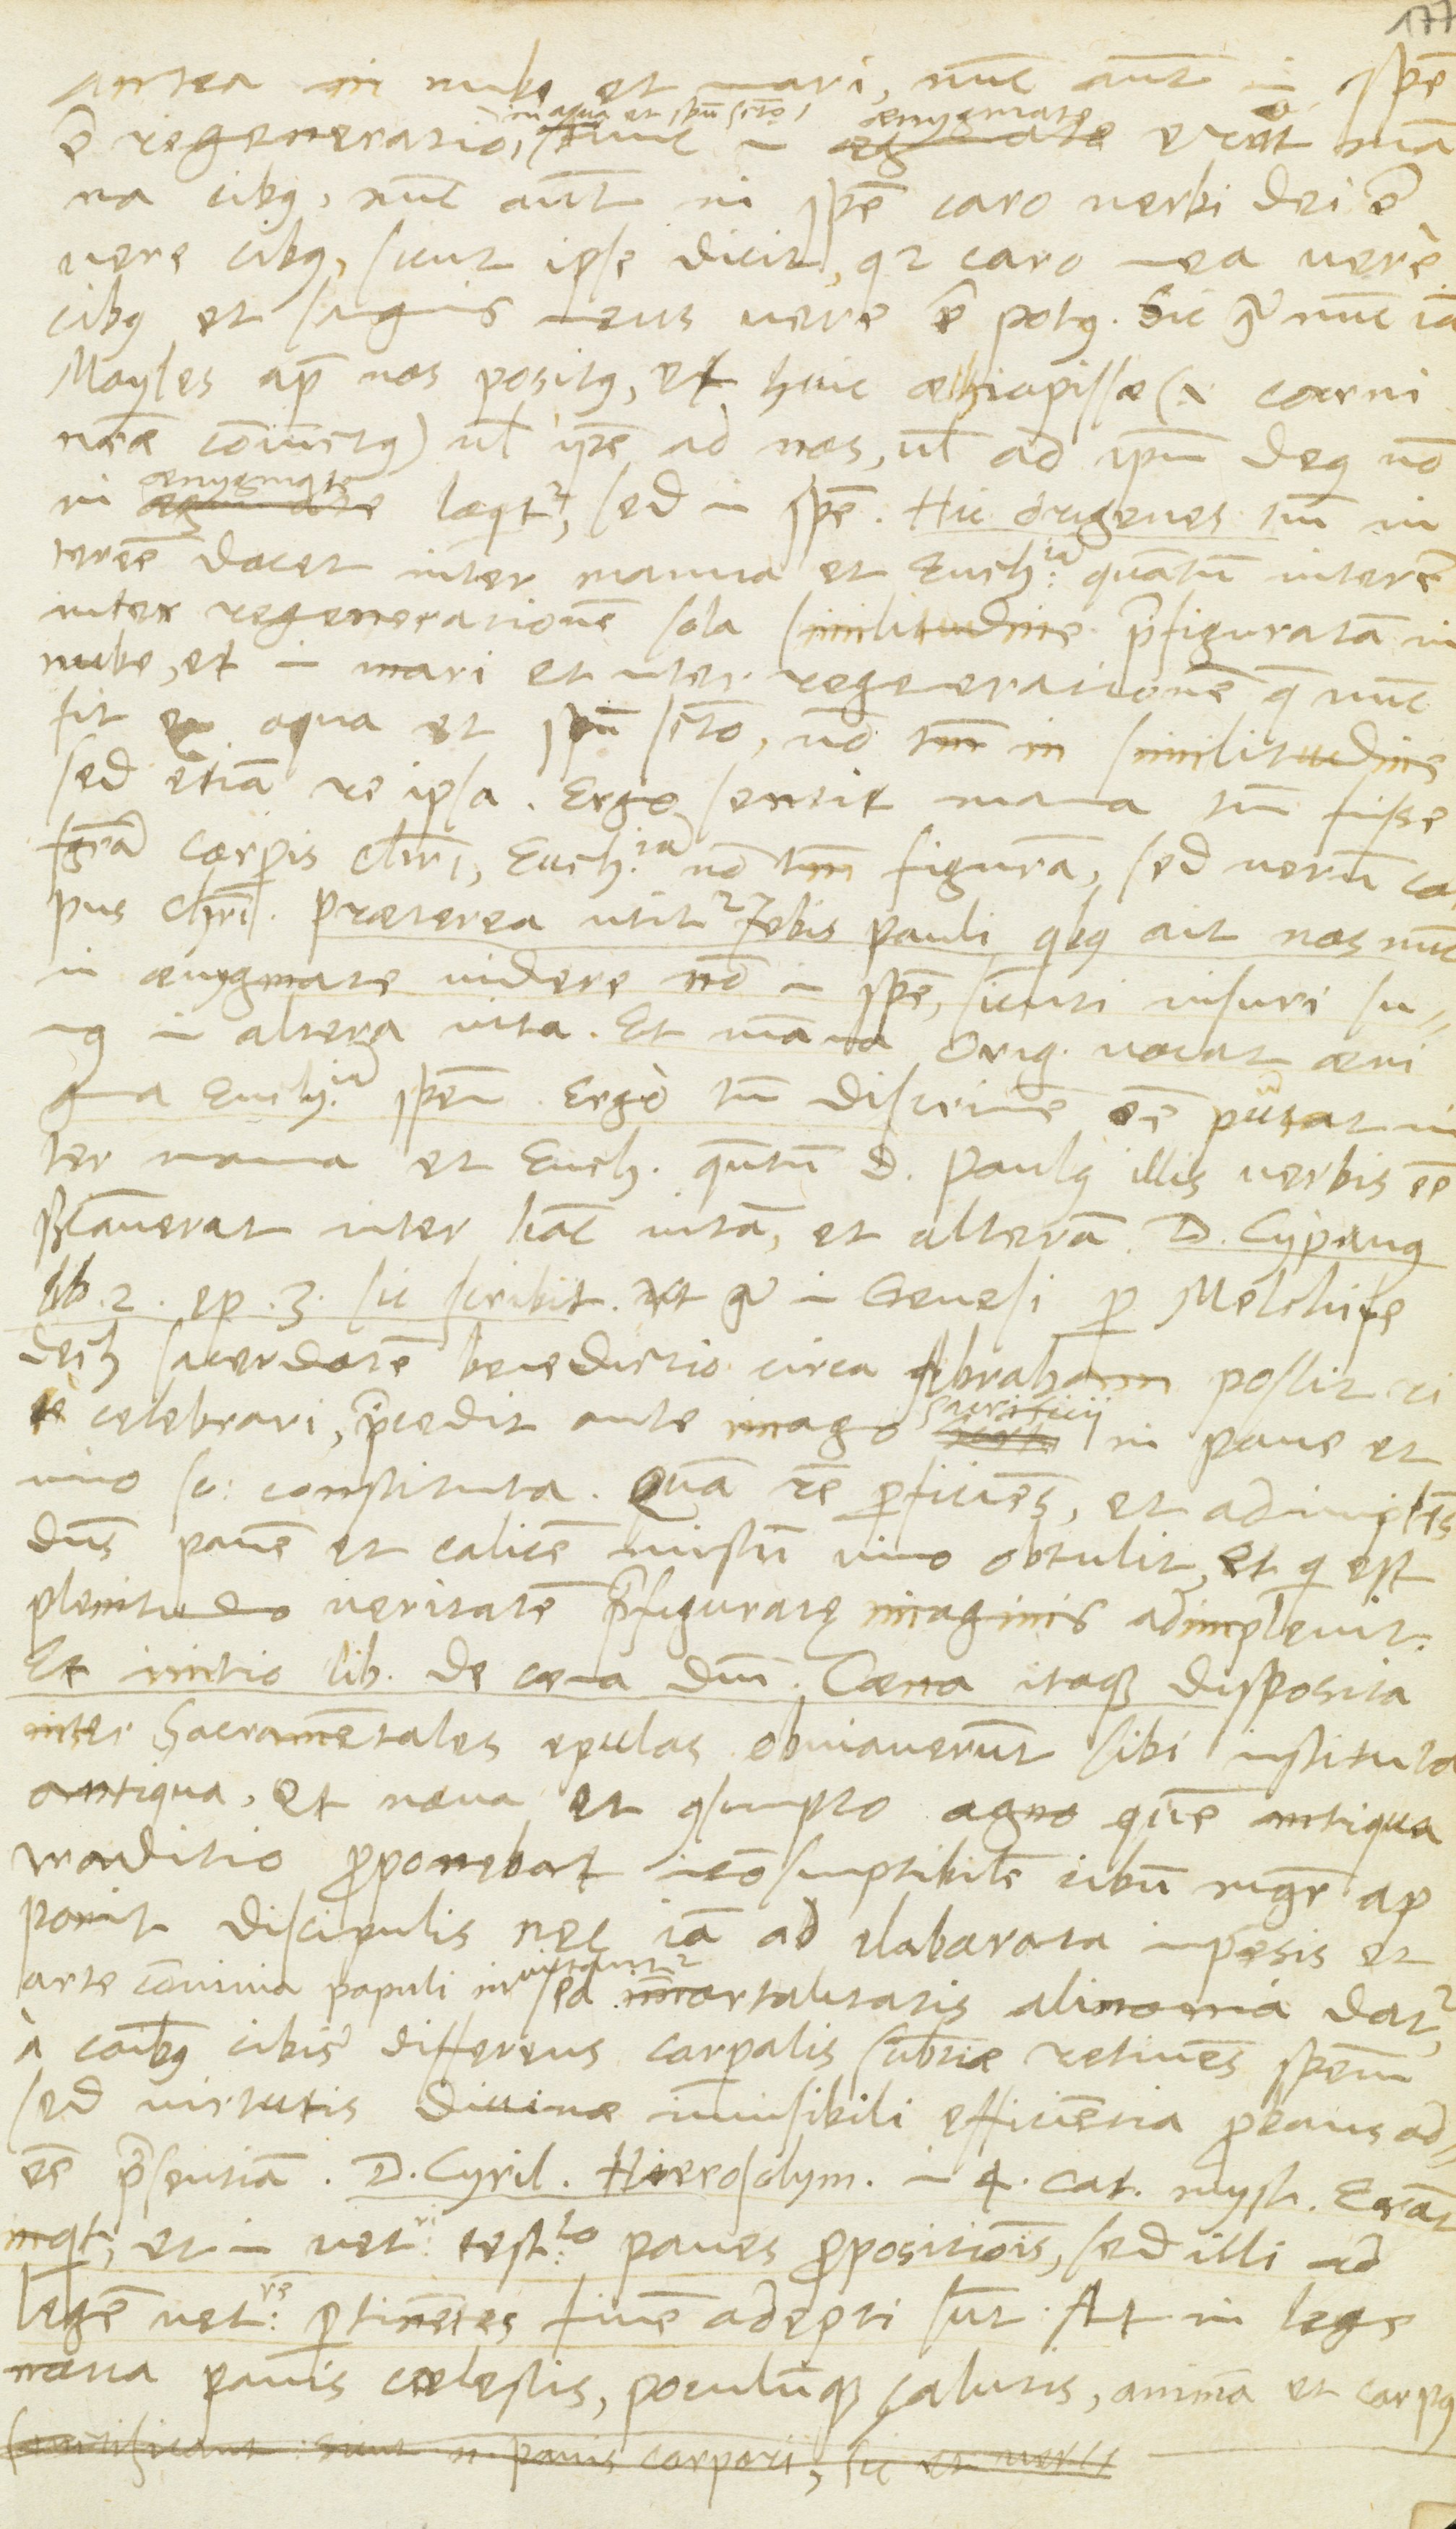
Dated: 1568–1568